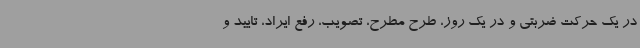
در یک حرکت ضربتی و در یک روز، طرح مطرح، تصویب، رفع ایراد، تایید و